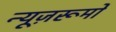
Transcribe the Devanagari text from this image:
न्यूज़रूमों